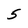
Character: 5